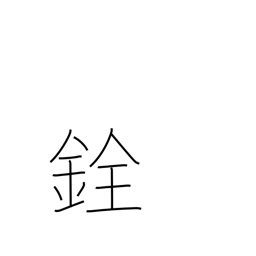
Meaning: scales